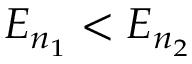
E _ { n _ { 1 } } < E _ { n _ { 2 } }